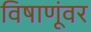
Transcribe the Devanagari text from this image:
विषाणूंवर